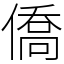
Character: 僑